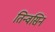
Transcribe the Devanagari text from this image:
तिन्वसिन